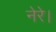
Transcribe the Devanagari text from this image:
नेरे।